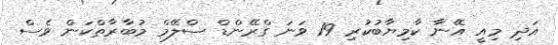
އަދި މިއީ އޭނާ ކާމިޔާބުކުރި 19 ވަނަ ގްރޭންޑް ސްލޭމް މުބާރާތްކަން ވެސް